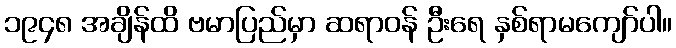
၁၉၄၈ အချိန်ထိ ဗမာပြည်မှာ ဆရာဝန် ဦးရေ နှစ်ရာမကျော်ပါ။